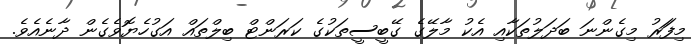
މިފަަރު މިގެންނަ ބަދަލުތަކާއި އެކު މާލޭގެ ގޭބީސީތަކުގެ ކަރަންޓް ބިލްތައް އަގުހެޔޮވެގެން ދާނެއެވެ.